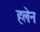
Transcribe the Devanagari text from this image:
हलेन